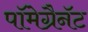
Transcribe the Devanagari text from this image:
पॉमेग्रैनॅट